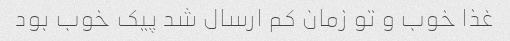
غذا خوب و تو زمان کم ارسال شد پیک خوب بود